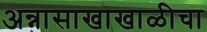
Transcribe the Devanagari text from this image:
अन्नासाखाखाळीचा